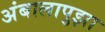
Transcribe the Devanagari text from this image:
अंबालापुझा